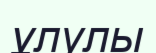
ұлулы